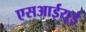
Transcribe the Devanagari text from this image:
एसआईयूई